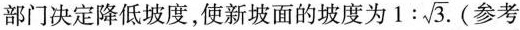
部门决定降低坡度，使新坡面的坡度为1: \sqrt{3}$$. (参考